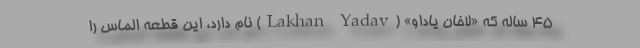
۴۵ ساله که «لاخان یاداو» (Lakhan Yadav) نام دارد، این قطعه الماس را